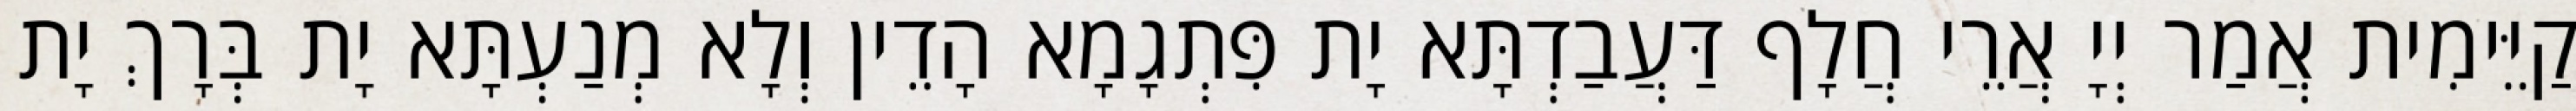
קַיֵּימִית אֲמַר יְיָ אֲרֵי חֲלָף דַּעֲבַדְתָּא יָת פִּתְגָמָא הָדֵין וְלָא מְנַעְתָּא יָת בְּרָךְ יָת